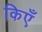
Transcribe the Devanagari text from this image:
किएँ